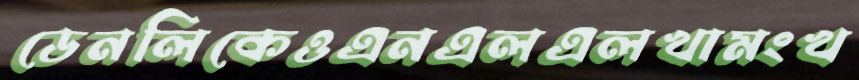
ডেনলিকেওএনএলএলখামংখ